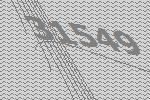
31549